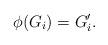
LaTeX: \begin{align*}\phi(G_i)=G_{i}'.\end{align*}